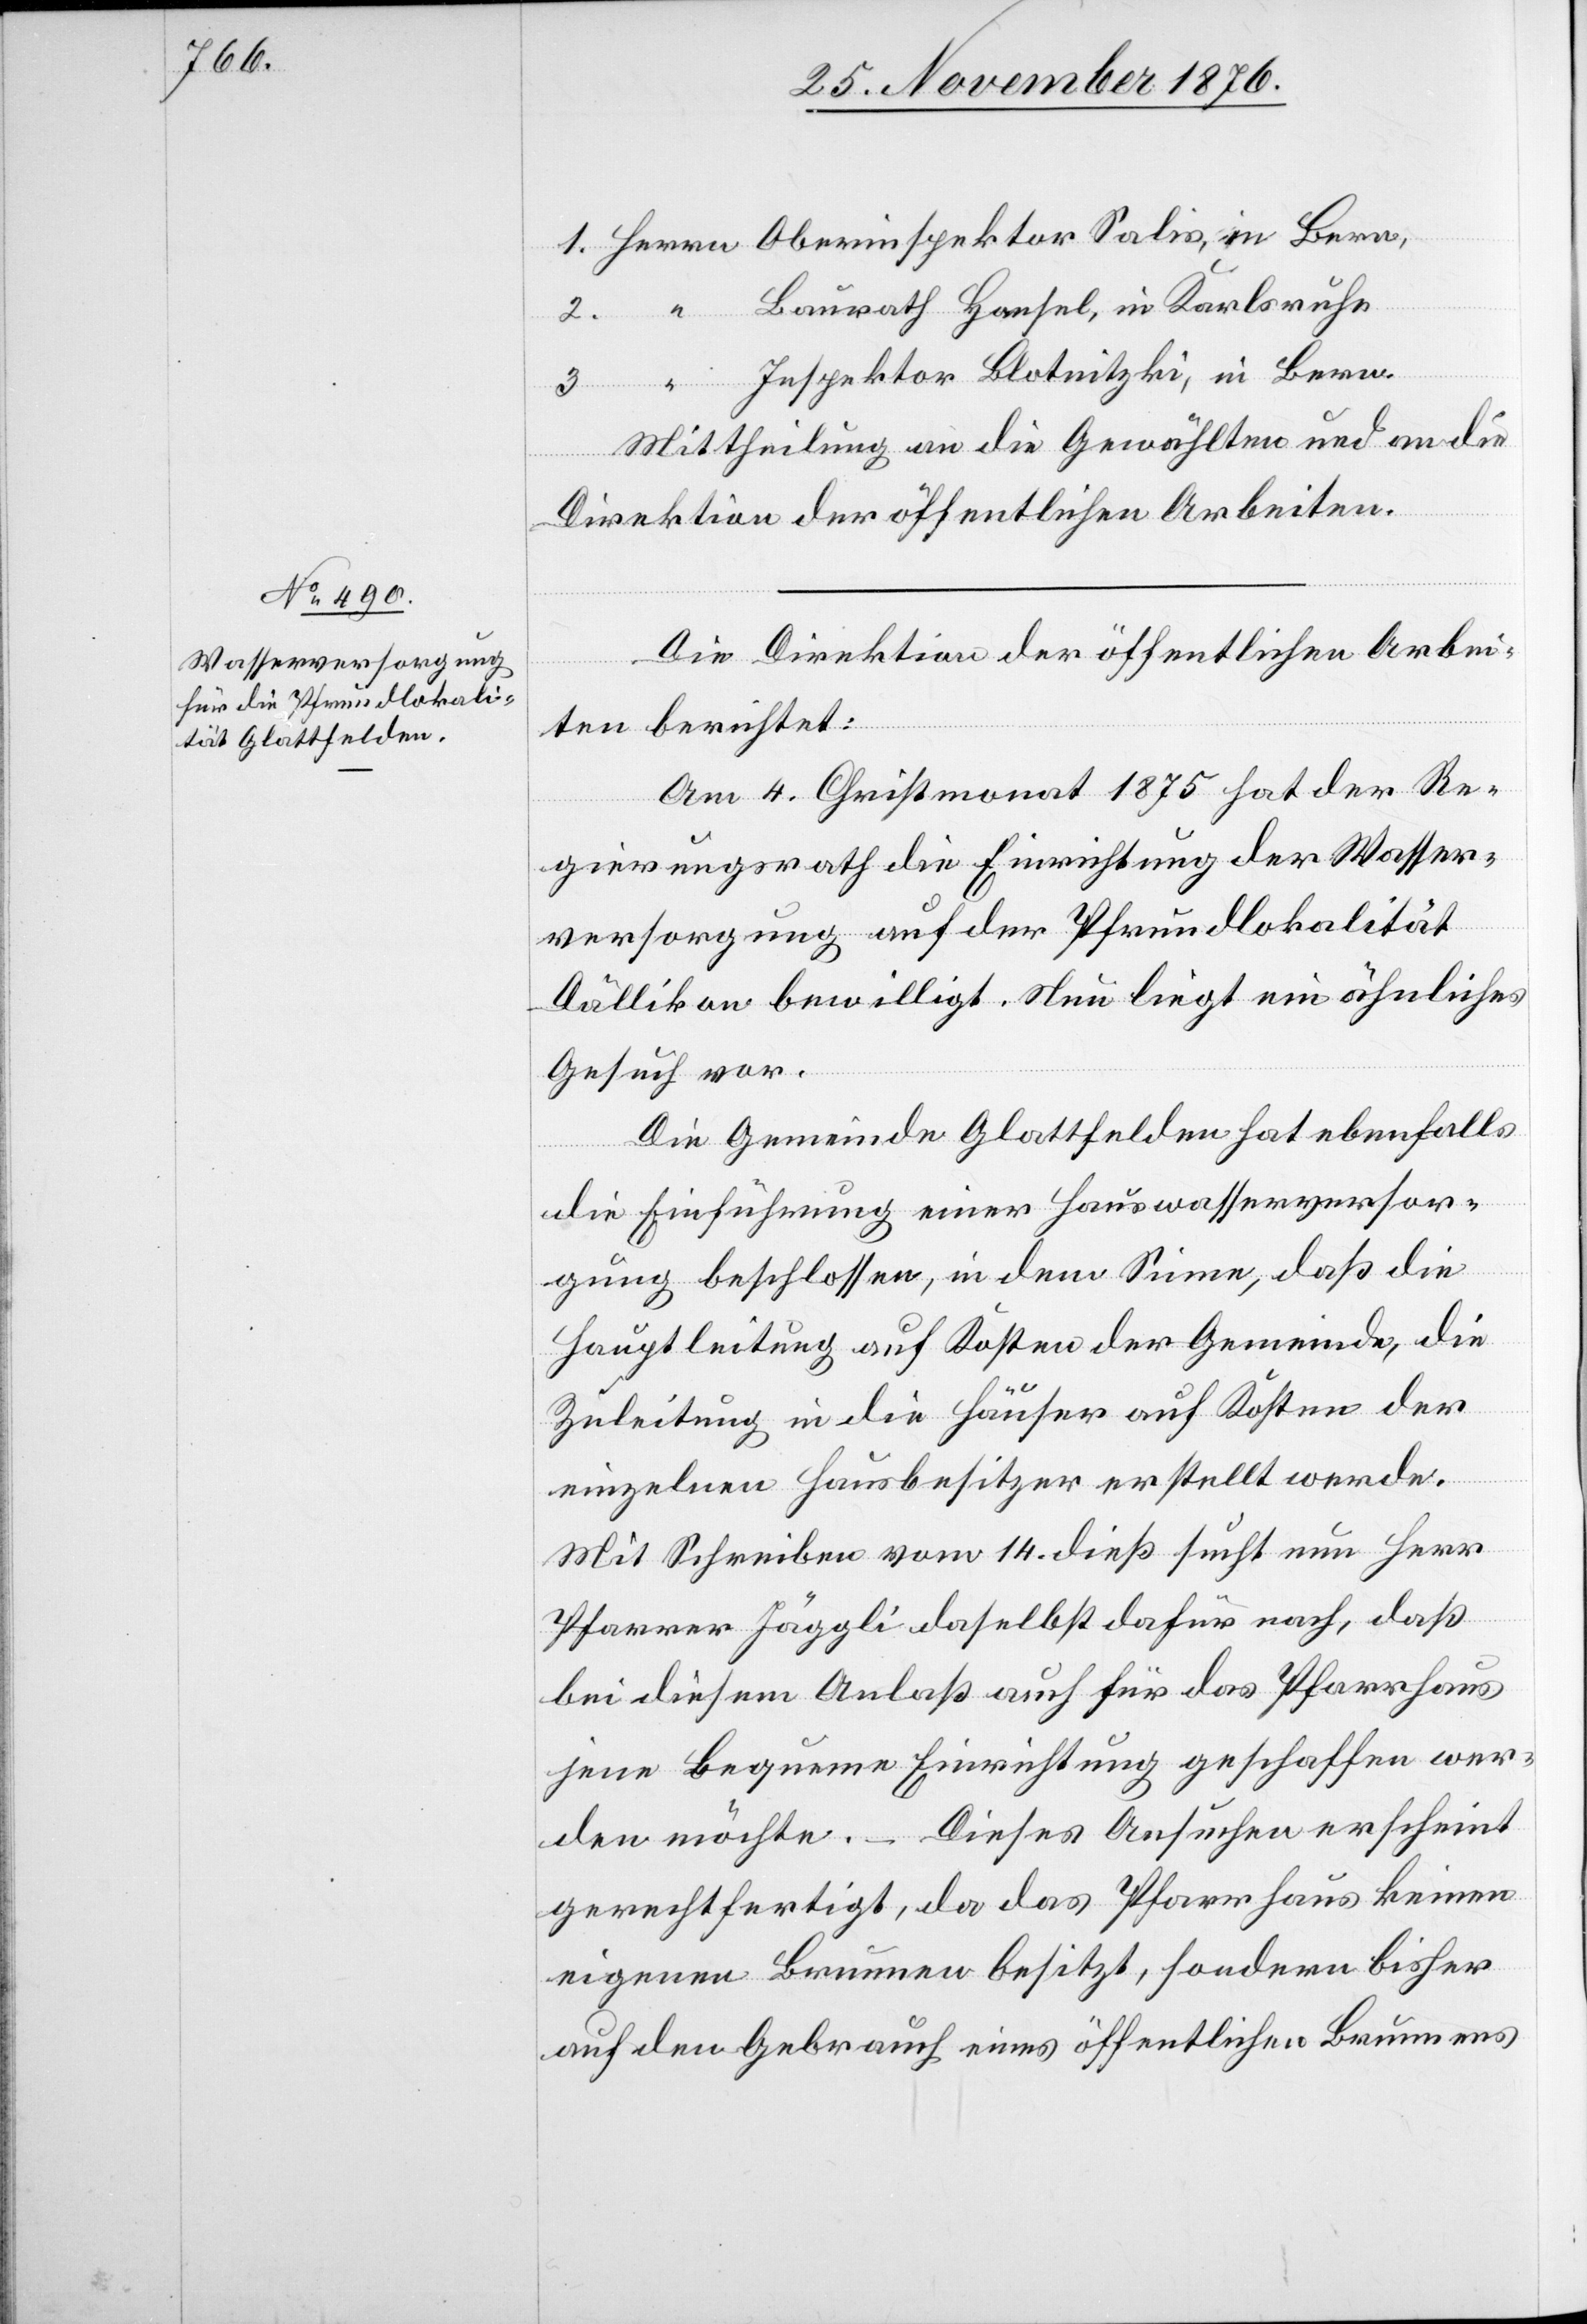
2.
Baurath Hansel, in Karlsruhe
3.
Inspektor Blotnitzki, in Bern.
Mittheilung an die Gewählten und an die
Direktion der öffentlichen Arbeiten.
Die Direktion der öffentlichen Arbei¬
ten berichtet:
Am 4. Christmonat 1875 hat der Re¬
gierungsrath die Einrichtung der Wasser¬
Salis,
versorgung auf der Pfrundlokalität
Dällikon bewilligt. Nun liegt ein ähnliches
Gesuch vor.
Die Gemeinde Glattfelden hat ebenfalls
die Einführung einer Hauswasserversor¬
gung beschlossen, in dem Sinne, daß die
Hauptleitung auf Kosten der Gemeinde, die
Zuleitung in die Häuser auf Kosten der
einzelnen Hausbesitzer erstellt werde.
Mit Schreiben vom 14. dieß sucht nun Herr
Pfarrer Jäggli daselbst dafür nach, daß
bei diesem Anlaß auch für das Pfarrhaus
jene bequeme Einrichtung geschaffen wer¬
den möchte. – Dieses Ansuchen erscheint
gerechtfertigt, da das Pfarrhaus keinen
eigenen Brunnen besitzt, sondern bisher
auf den gebrauch eines öffentlichen Brunnens